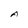
Character: A